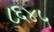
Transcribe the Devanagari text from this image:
८६४५